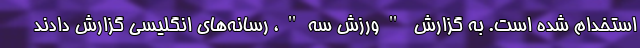
استخدام شده است. به گزارش "ورزش سه"، رسانه‌های انگلیسی گزارش دادند